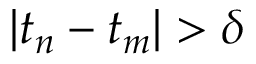
| t _ { n } - t _ { m } | > \delta